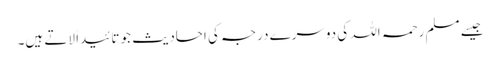
جیسے مسلم رحمہ اللہ کی دوسرے درجہ کی احادیث جو تائیداً لاتے ہیں۔